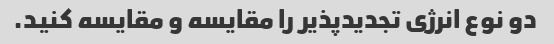
دو نوع انرژی تجدیدپذیر را مقایسه و مقایسه کنید.